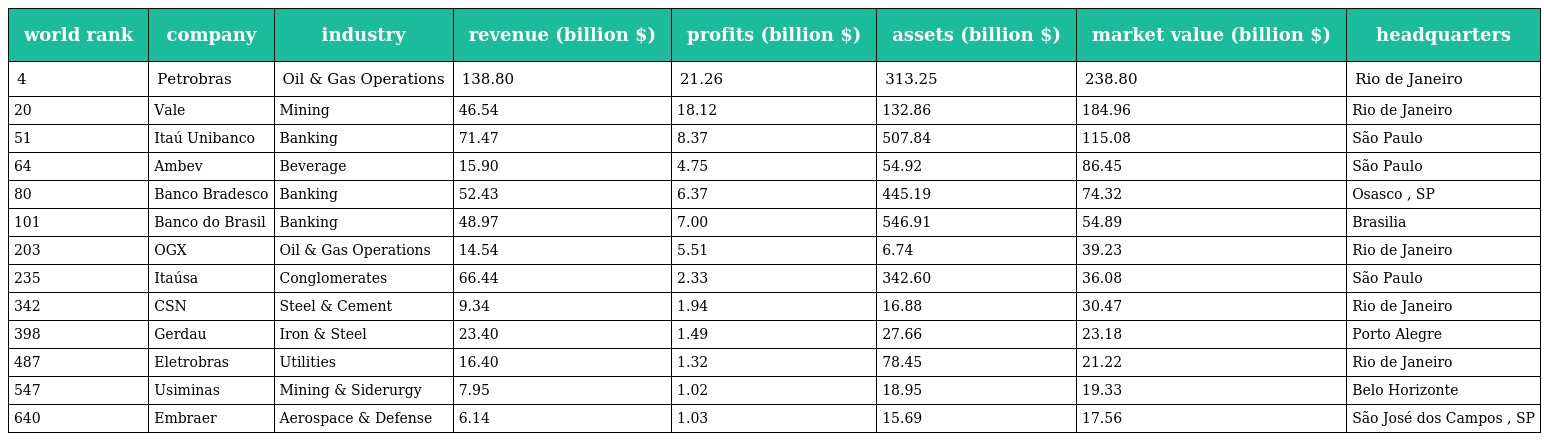
| world rank | company | industry | revenue (billion $) | profits (billion $) | assets (billion $) | market value (billion $) | headquarters |
 | --- | --- | --- | --- | --- | --- | --- | --- |
 | 4 | Petrobras | Oil & Gas Operations | 138.80 | 21.26 | 313.25 | 238.80 | Rio de Janeiro |
 | 20 | Vale | Mining | 46.54 | 18.12 | 132.86 | 184.96 | Rio de Janeiro |
 | 51 | Itaú Unibanco | Banking | 71.47 | 8.37 | 507.84 | 115.08 | São Paulo |
 | 64 | Ambev | Beverage | 15.90 | 4.75 | 54.92 | 86.45 | São Paulo |
 | 80 | Banco Bradesco | Banking | 52.43 | 6.37 | 445.19 | 74.32 | Osasco , SP |
 | 101 | Banco do Brasil | Banking | 48.97 | 7.00 | 546.91 | 54.89 | Brasilia |
 | 203 | OGX | Oil & Gas Operations | 14.54 | 5.51 | 6.74 | 39.23 | Rio de Janeiro |
 | 235 | Itaúsa | Conglomerates | 66.44 | 2.33 | 342.60 | 36.08 | São Paulo |
 | 342 | CSN | Steel & Cement | 9.34 | 1.94 | 16.88 | 30.47 | Rio de Janeiro |
 | 398 | Gerdau | Iron & Steel | 23.40 | 1.49 | 27.66 | 23.18 | Porto Alegre |
 | 487 | Eletrobras | Utilities | 16.40 | 1.32 | 78.45 | 21.22 | Rio de Janeiro |
 | 547 | Usiminas | Mining & Siderurgy | 7.95 | 1.02 | 18.95 | 19.33 | Belo Horizonte |
 | 640 | Embraer | Aerospace & Defense | 6.14 | 1.03 | 15.69 | 17.56 | São José dos Campos , SP |